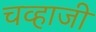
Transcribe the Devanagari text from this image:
चव्हाजी